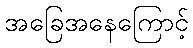
အခြေအနေကြောင့်